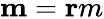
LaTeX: \mathbf{m}=\mathbf{r}m